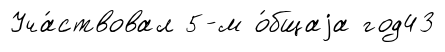
Уча́ствовал 5-м о́бщаjа год43